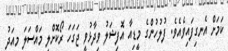
ކަމަށް އެނގިފައިވެއެވެ. ފުލުހުންގެ މީޑިއާ އޮފިޝަލު ވިދާޅުވީ ޖަގަހަ ރޯކޮށްލި މައްސަލަ މިއަދު